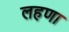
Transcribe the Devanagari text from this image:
लहणा